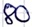
Text: 80